Bréfritari: Sigríður Pálsdóttir
Viðtakandi: Páll Pálsson
Dagsetning: A-1840-04-30
Skrifað á: Reykholti  Borg.
Páll var bróðir Sigríðar

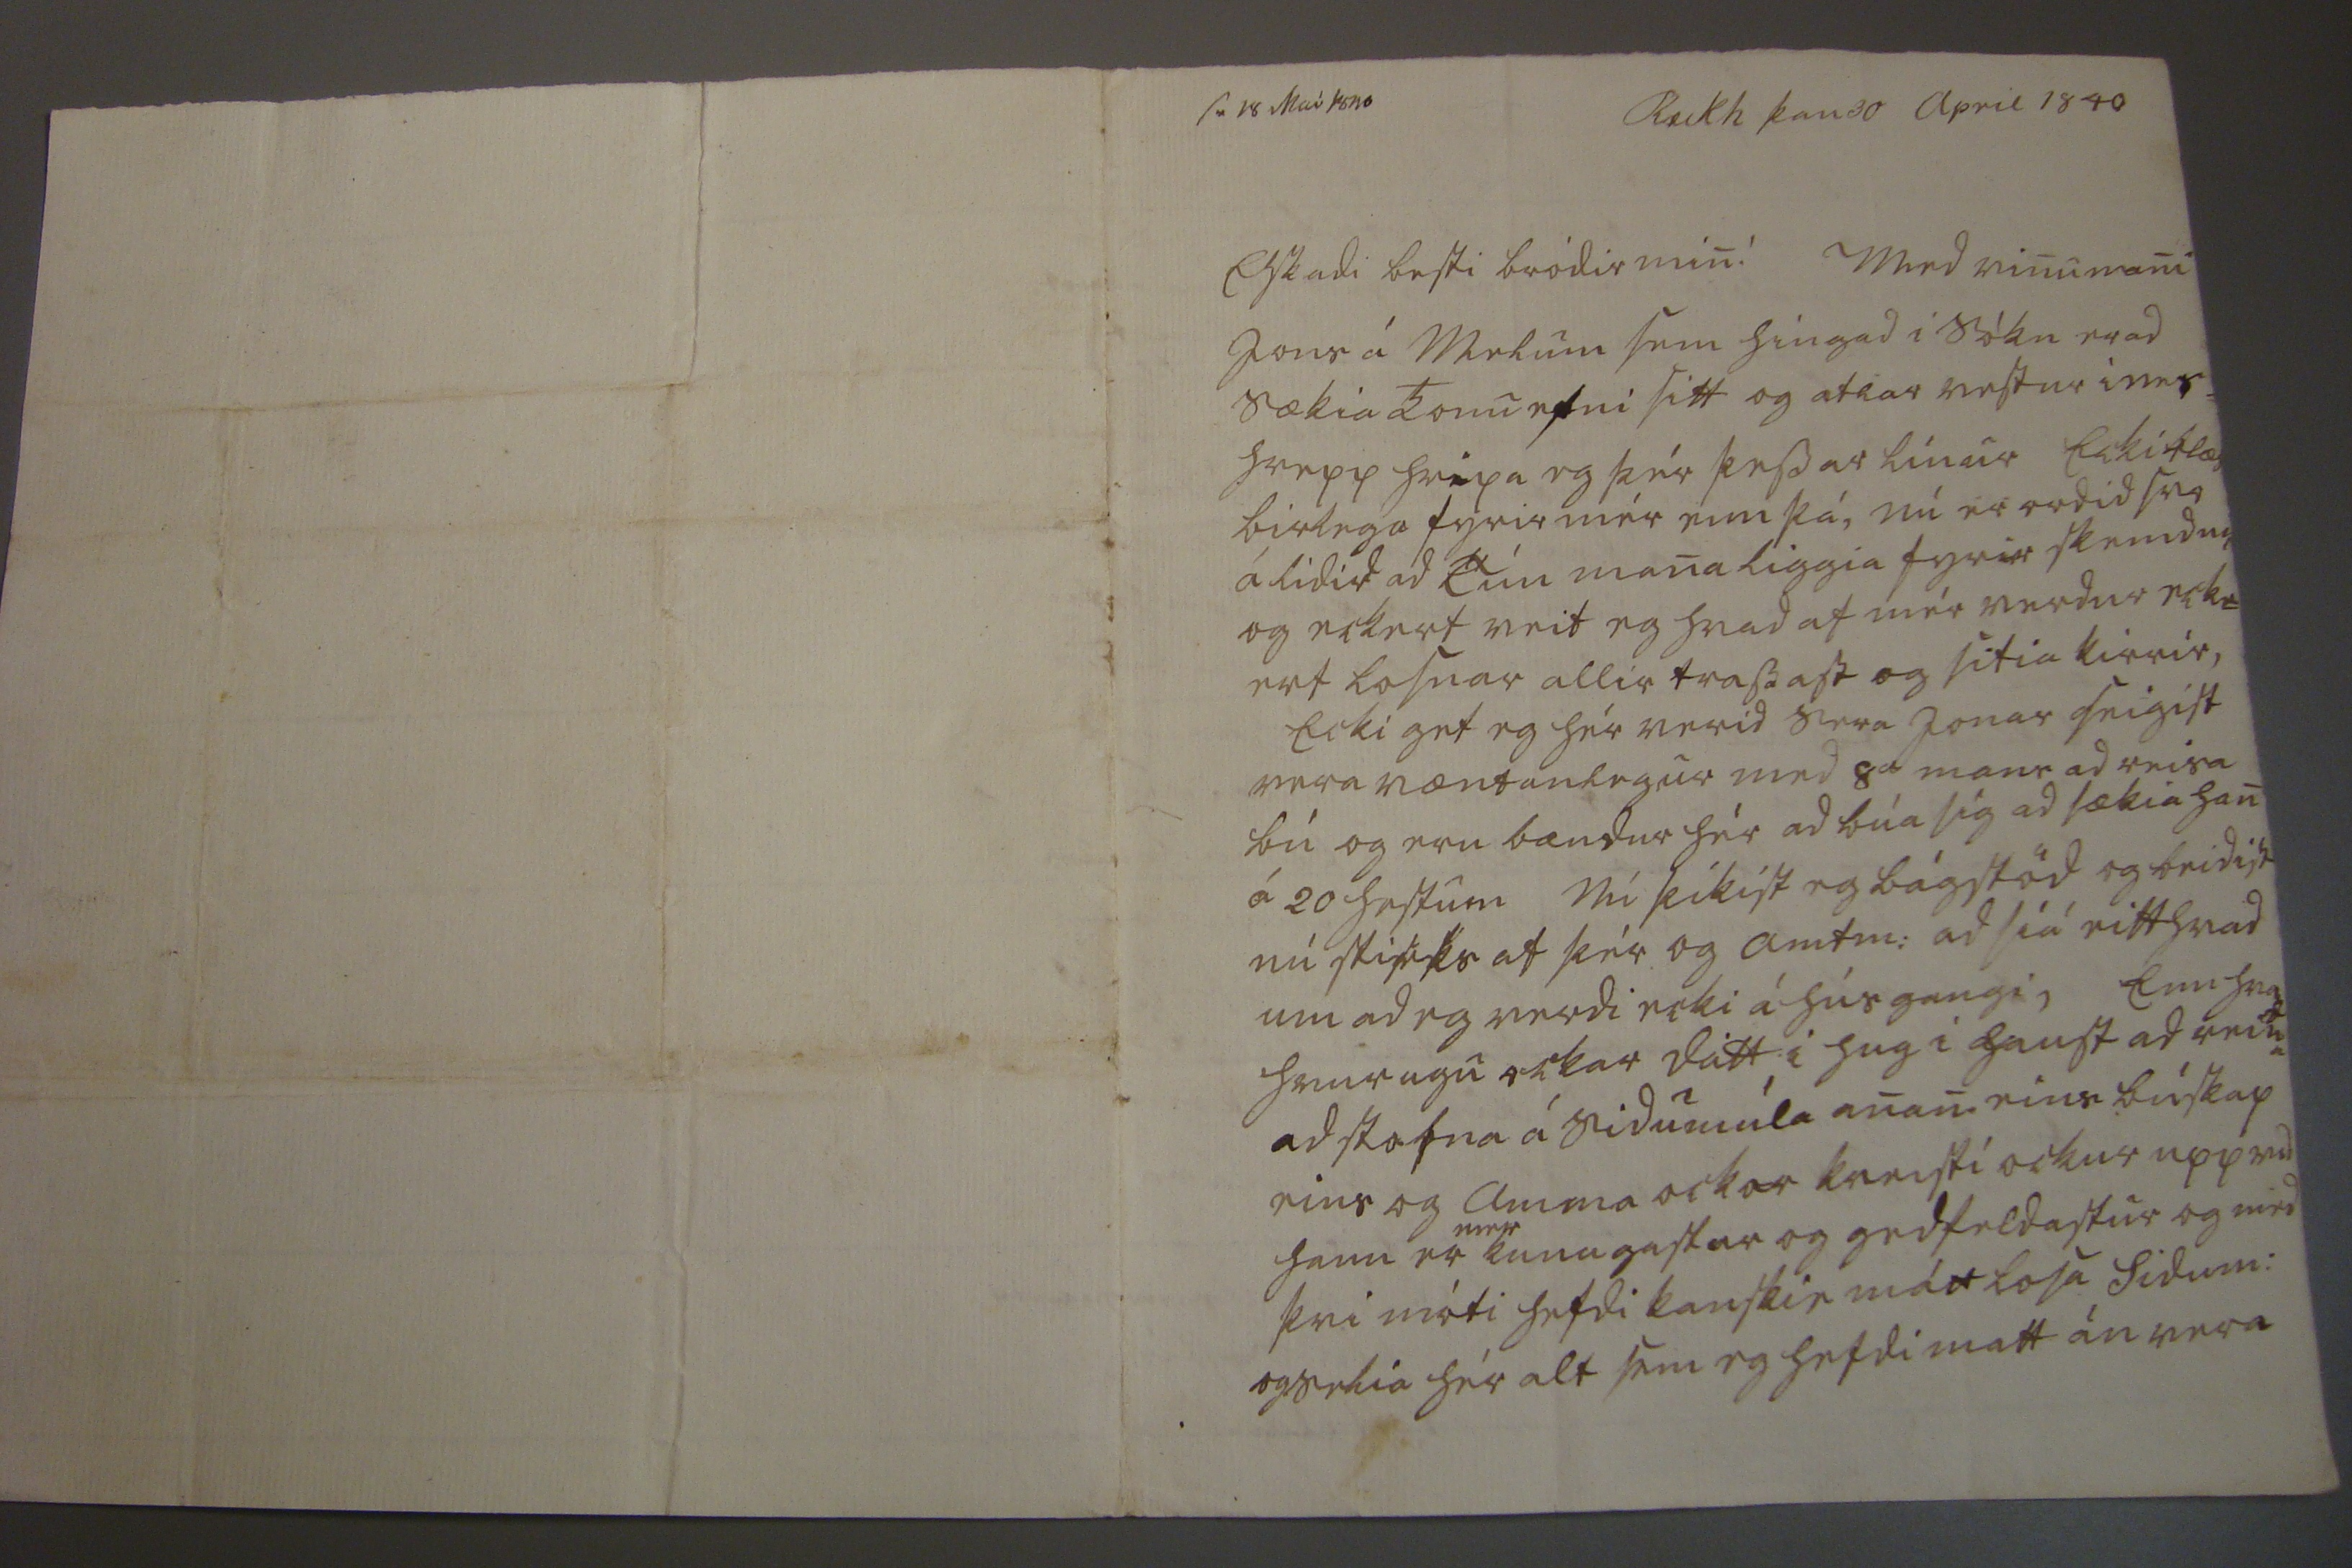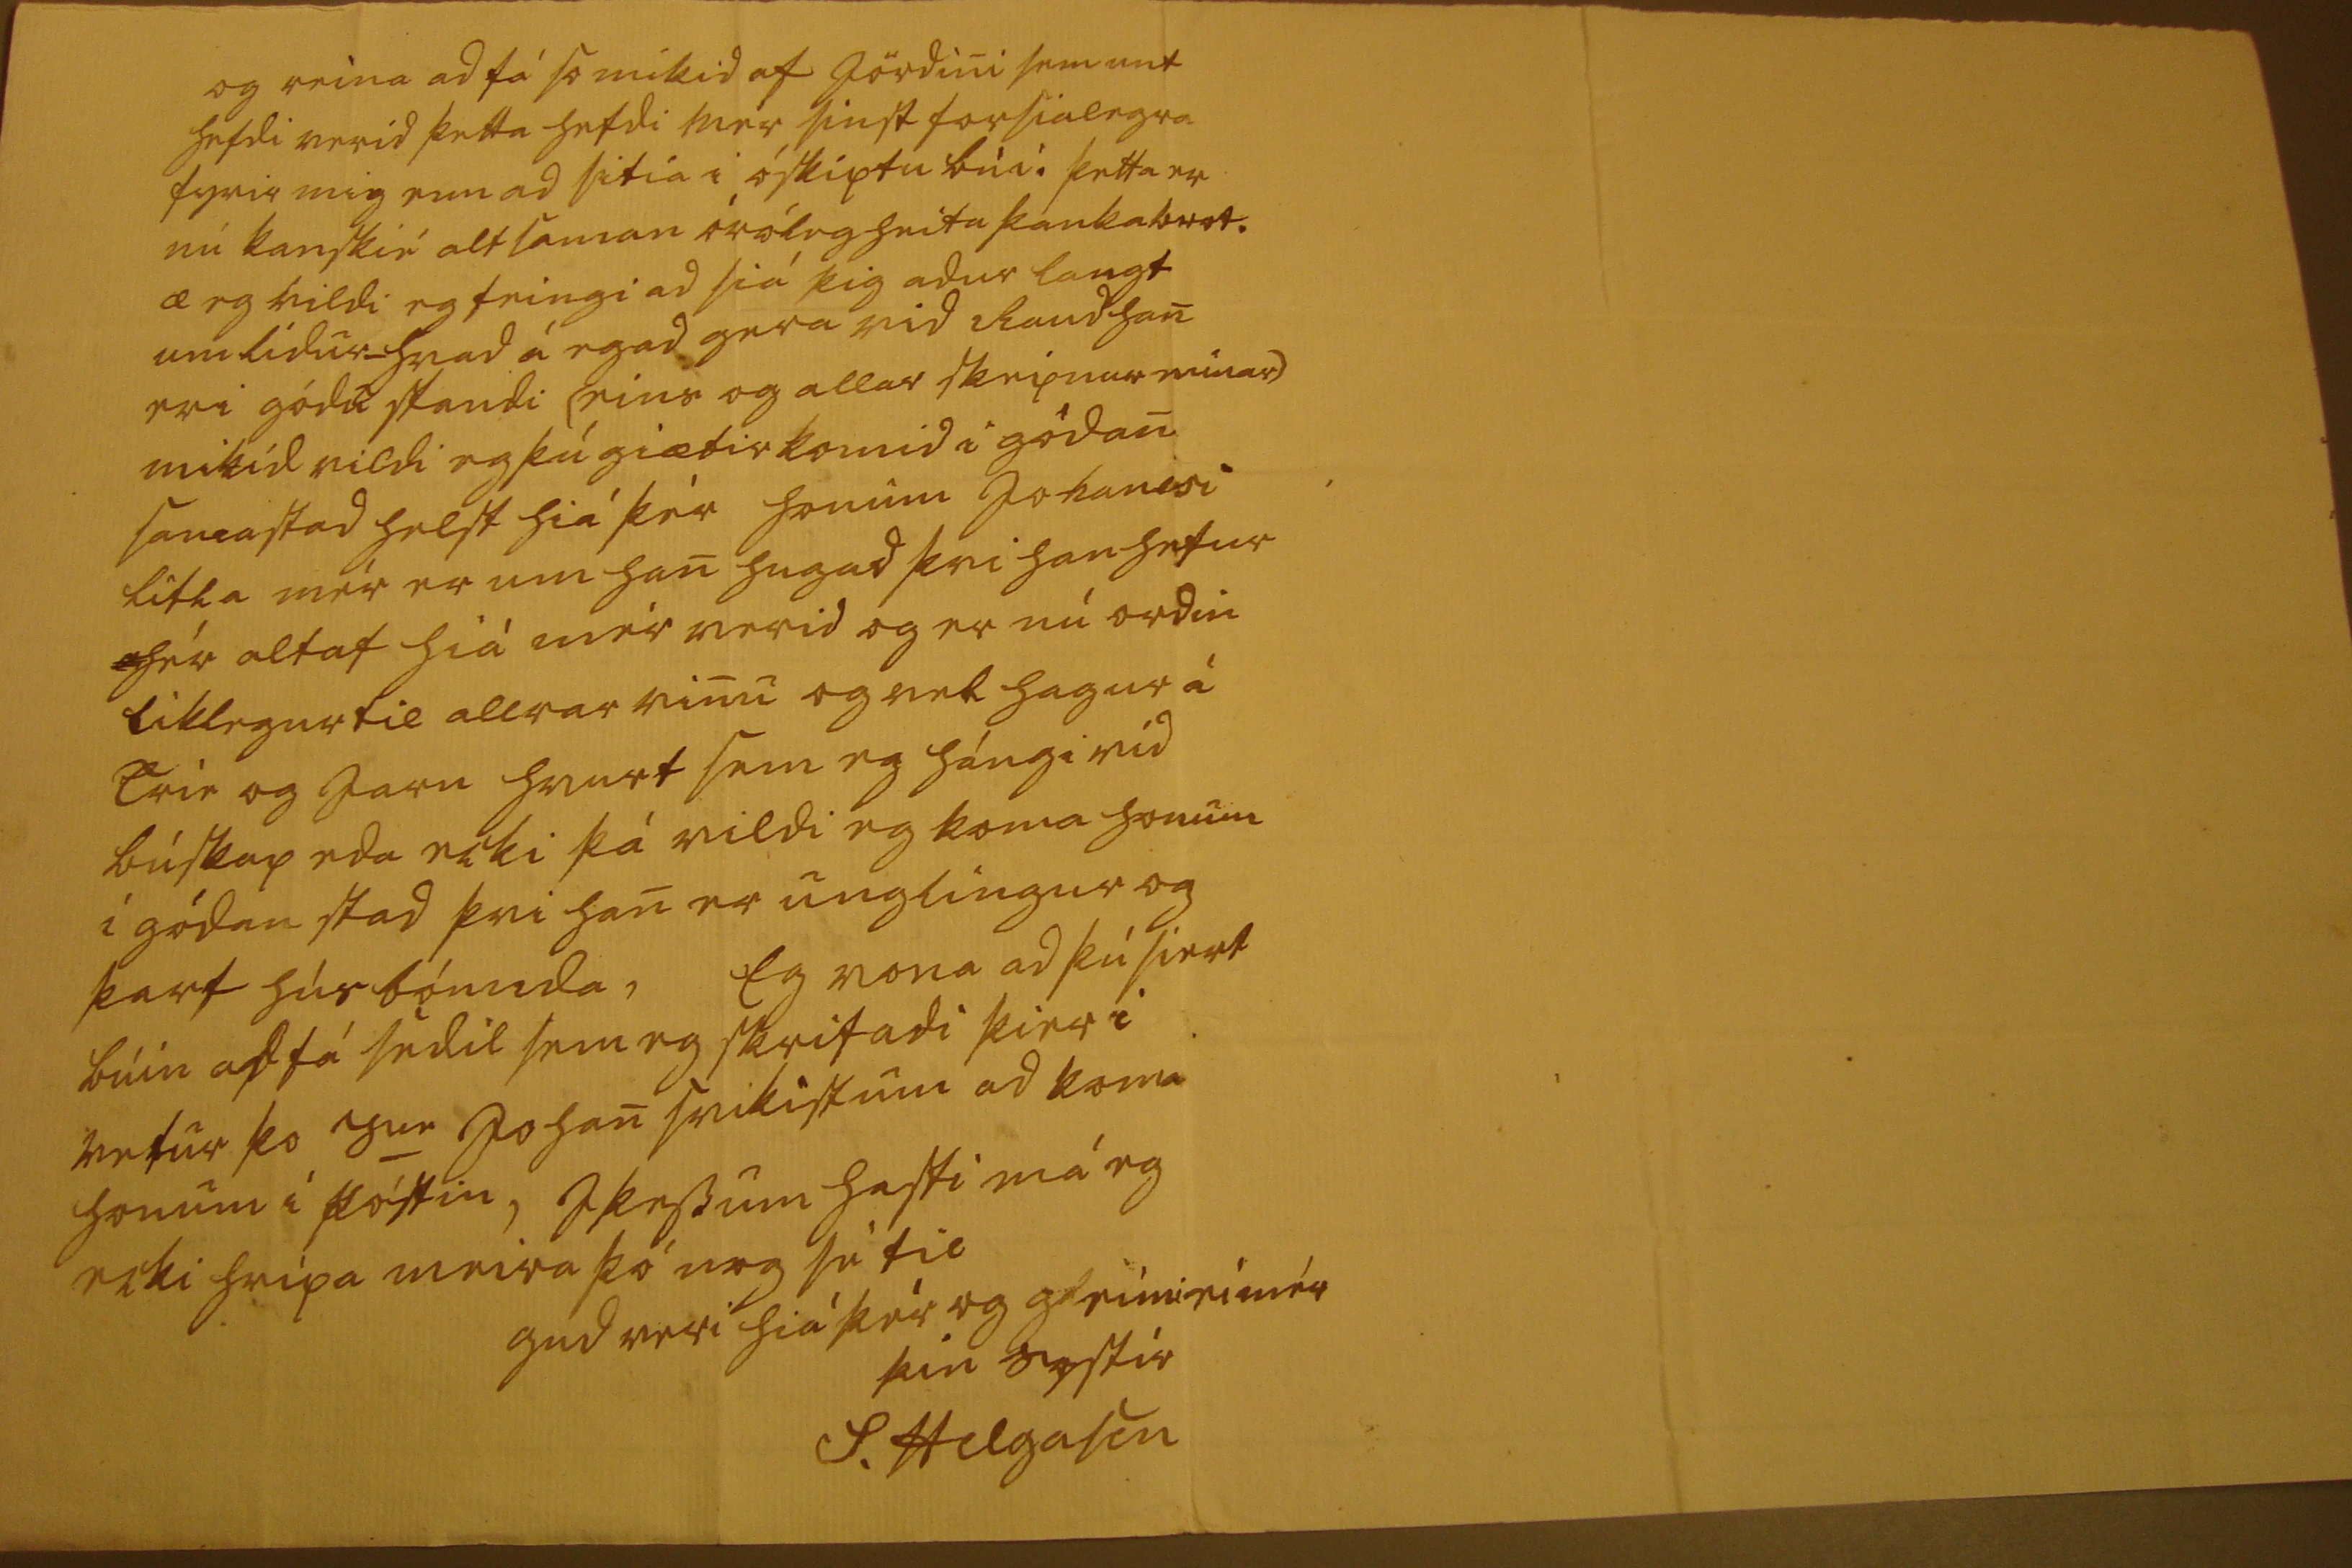

sv 18 Mai 1840
Reikh þan 30 april 1840
Elskadi besti bródir min! Med vinumani Jons á Melum sem hingad i sókn er ad sækia konuefni sitt og atlar vestur i
nes=
hrepp hripa eg þér þessar línur Ecki blæs birlega fyrir mér enn þá, nú er ordid svo álidid ad Ein mana liggia fyrir skemd
u0
og eckert veit eg hvad af mér verdur eck= ert losnar allir trassast og sitia kirrir, Ecki get eg hér verid sera Jonas seigist vera væntanlegur med 8
a
mans ad reisa bú og eru bændur hér ad búa sig ad sækia han á 20 hestum Nú þikist eg bágstöd og beidist nú
sti
s
rks
af þér og amtm: ad siá eitthvad um ad eg verdi ecki á húsgangi, Enn hv
ad
hvurugu ockar datt i hug i haust ad reina ad stofna á Sidumúla anan eins búskap eins og Amma ockar kreisti ockur upp med hann er
meir
kunugastur og gedfeldastur og med þvi móti hefdi kanskie mátt losa Sidum: og sekia hér alt sem eg hefdi matt án vera
og reina ad fá so mikid af jördini sem unt hefdi verid þetta hefdi mer sinst forsialegra fyrir mig enn ad sitia i óskiptu búi. þetta er nú kanskié alt saman óróleg heitu þankabrot. æ eg vildi eg feingi ad siá þig adur langt um lídur_ hvad á eg ad gera vid Raud han er i gódu standi (eins og allar sképnur minar) mikid vildi eg þú giætir komid i gódan samastad helst hiá þér honum Johanesi litla mér er um han hugad þvi han hefur hér altaf hiá mér verid og er nú ordin liklegur til allrar vinu og vel hagur á
E0ie
og Jarn hvurt sem eg hángi vid búskap eda ecki þá vildi eg koma honum í gódan stad þvi han er unglingur og þarf húsbónnda, Eg vona ad þú siert búin ad fá sedil sem eg skrifadi þier i vetur þo
y
ur
Johan svikist um ad koma honum i póstin, I þessum hasti má eg ecki hripa meira þó nog sé til
gud veri hiá þér og gleím
i
ei mér
þin systir
S. Helgason